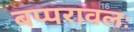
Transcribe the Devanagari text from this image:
बप्परावलः